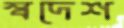
স্বদেশ